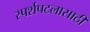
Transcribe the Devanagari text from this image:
स्पर्शपटलासाठी